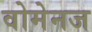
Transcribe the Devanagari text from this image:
वोमेनज